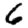
Digit: 6